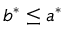
b ^ { * } \leq a ^ { * }